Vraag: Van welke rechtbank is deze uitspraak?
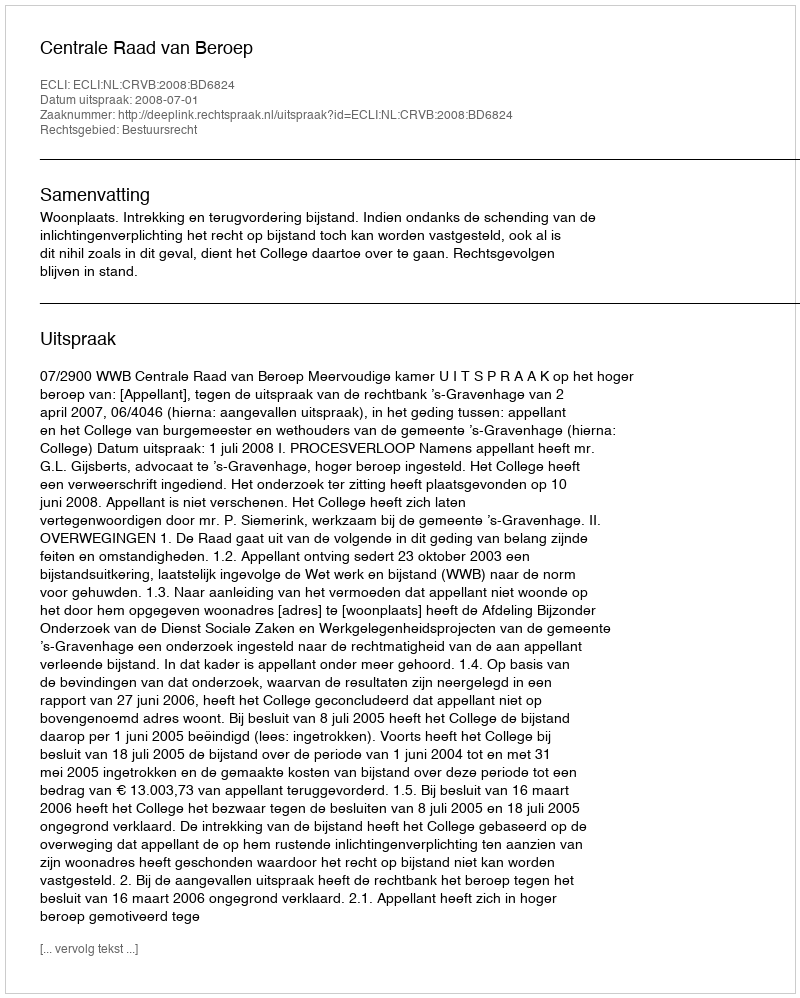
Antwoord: Centrale Raad van Beroep